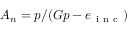
A _ { n } = p / ( G p - e _ { \mathrm { ~ i ~ n ~ c ~ } } )